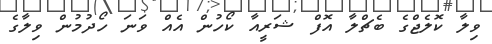
ވިލާ ކޮލެޖްގެ ބެޗްލާ އޮފް ޝަރީއާ ކޯހުން އެއް ވަނަ ހޯދުމުން ވިލާގެ